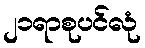
၂၁ရာစုပင်လုံ